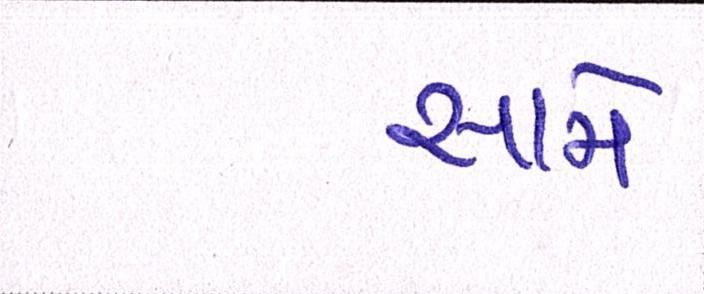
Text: સામે